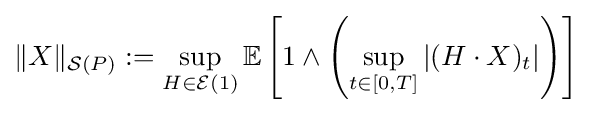
\|X\|_{{\mathcal {S}}(P)}:=\sup \limits _{H\in {\mathcal {E}}(1)}\mathbb {E} \left[1\wedge \left(\sup \limits _{t\in [0,T]}|(H\cdot X)_{t}|\right)\right]